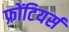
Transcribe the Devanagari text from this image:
फ्रोंटियर्स